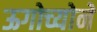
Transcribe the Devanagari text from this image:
ऊगोच्योने